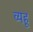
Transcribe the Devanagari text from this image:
व्यहू